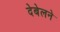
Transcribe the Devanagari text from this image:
देबेलने